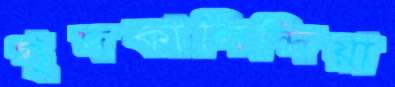
গৃদকালিন্দিয়া